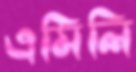
এমিলি